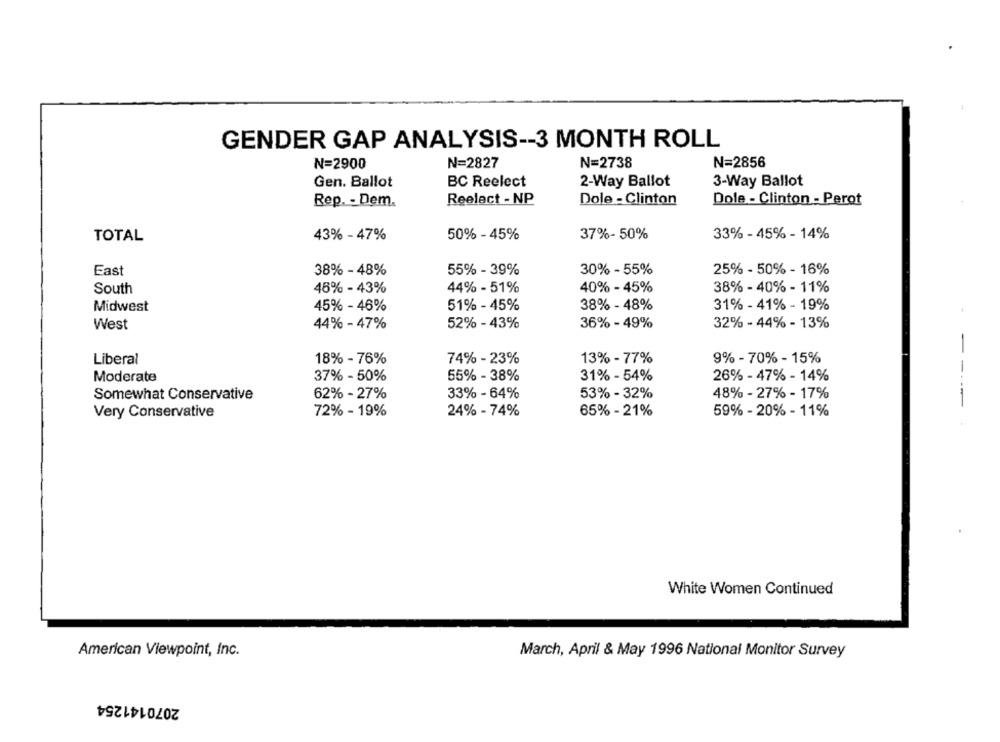
GENDER GAP ANALYSIS -- 3 MONTH ROLL
N=2900
N=2856
N=2827
N=2738
Gen. Ballot
BC Reelect
2-Way Ballot
3-Way Ballot
Reelact - NP
Dole - Clinton
Dole - Clinton - Perot
Rep. - Dem.
TOTAL
43% - 47%
50% - 45%
37%- 50%
33% - 45% - 14%
East
38% - 48%
55% - 39%
30% - 55%
25% - 50% - 16%
South
46% - 43%
44% - 51%
40% - 45%
38% - 40% - 11%
Midwest
45% - 46%
51% - 45%
38% - 48%
31% - 41% - 19%
West
44% - 47%
52% - 43%
36% - 49%
32% - 44% - 13%
Liberal
18% - 76%
74% - 23%
13% - 77%
9% - 70% - 15%
Moderate
37% - 50%
55% - 38%
31% - 54%
26% - 47% - 14%
Somewhat Conservative
62% - 27%
33% - 64%
53% - 32%
48% - 27% - 17%
-----
Very Conservative
72% - 19%
24% - 74%
65% - 21%
59% - 20% - 11%
White Women Continued
American Viewpoint, Inc.
March, April & May 1996 National Monitor Survey
2070141254